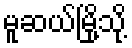
မူဆယ်မြို့သို့